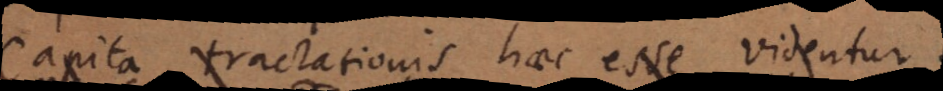
Capita tractationis haec esse videntur: